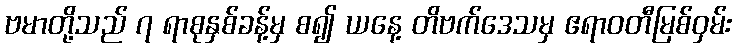
ဗမာတို့သည် ၇ ရာစုနှစ်ခန့်မှ စ၍ ယနေ့ တိဗက်ဒေသမှ ဧရာဝတီမြစ်ဝှမ်း